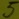
Text: 5